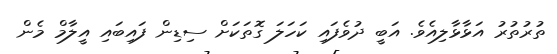
ތުރުތުރު އަޅާޅާލިއެވެ. އަބީ ދުވެފައި ކަހަލަ ގޮތަކަށް ސިޑިން ފައިބައި އީލާމް މެން